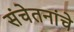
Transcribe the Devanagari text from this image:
संचेतनांचे